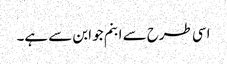
اسی طرح سے ابنم جو ابن سے ہے۔